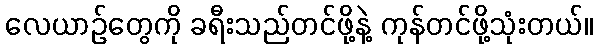
လေယာဉ်တွေကို ခရီးသည်တင်ဖို့နဲ့ ကုန်တင်ဖို့သုံးတယ်။